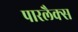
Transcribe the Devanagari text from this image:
पारलैक्स